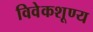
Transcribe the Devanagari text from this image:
विवेकशूण्य